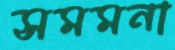
সমমনা